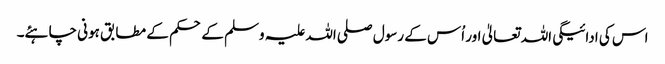
اس کی ادائیگی اللہ تعالیٰ اور اُس کے رسول صلی اللہ علیہ وسلم کے حکم کے مطابق ہونی چاہئے۔